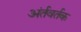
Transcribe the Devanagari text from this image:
अंर्तवर्तक